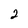
Character: 2